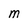
Character: M